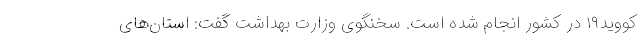
کووید۱۹ در کشور انجام شده است. سخنگوی وزارت بهداشت گفت: استان‌های